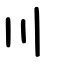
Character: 〣